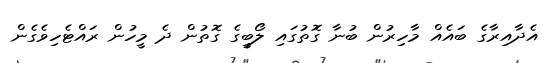
އެދާއިރާގެ ބައެއް މާހިރުން ބުނާ ގޮތުގައި ލޯބީގެ ގޮތުން ދެ މީހުން ރައްޓެހިވެގެން